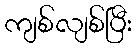
ကျစ်လျစ်ပြီး